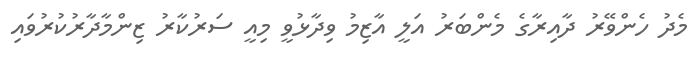
މެދު ހެންވޭރު ދާއިރާގެ މެންބަރު އަލީ އާޒިމު ވިދާޅުވީ މިއީ ސަރުކާރު ޒިންމާދާރުކުރުވައި